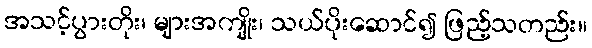
အသင့်ပွားတိုး၊ များအကျိုး၊ သယ်ပိုးဆောင်၍ ဖြည့်သတည်း။